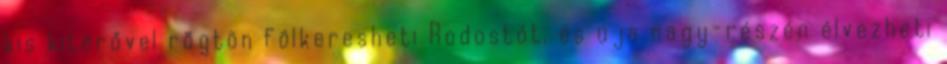
kis kitérővel rögtön fölkeresheti Rodostót, és úja nagy-részén élvezheti